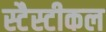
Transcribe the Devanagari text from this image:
स्टैस्टीकल